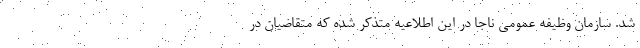
شد. سازمان وظیفه عمومی ناجا در این اطلاعیه متذکر شده که متقاضیان در